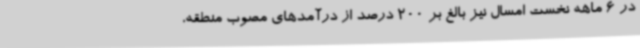
در 6 ماهه نخست امسال نیز بالغ بر 200 درصد از درآمدهای مصوب منطقه،